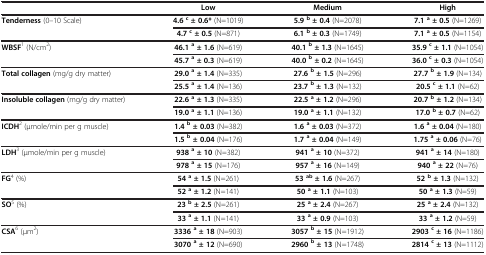
<table><thead><tr><td><b> </b></td><td><b>Low</b></td><td><b>Medium</b></td><td><b>High</b></td></tr></thead><tbody><tr><td rowspan="2"><b>Tenderness</b> (0–10 Scale)</td><td><b>4.6</b><sup><b>c</b></sup><b>± 0.6*</b> (N=1019)</td><td><b>5.9</b><sup><b>b</b></sup><b>± 0.4</b> (N=2078)</td><td><b>7.1</b><sup><b>a</b></sup><b>± 0.5</b> (N=1269)</td></tr><tr><td><b>4.7</b><sup><b>c</b></sup><b>± 0.5</b> (N=871)</td><td><b>6.1</b><sup><b>b</b></sup><b>± 0.3</b> (N=1749)</td><td><b>7.1</b><sup><b>a</b></sup><b>± 0.5</b> (N=1154)</td></tr><tr><td rowspan="2"><b>WBSF</b><sup>1</sup> (N/cm<sup>2</sup>) </td><td><b>46.1</b><sup><b>a</b></sup><b>± 1.6</b> (N=619)</td><td><b>40.1</b><sup><b>b</b></sup><b>± 1.3</b> (N=1645)</td><td><b>35.9</b><sup><b>c</b></sup><b>± 1.1</b> (N=1054)</td></tr><tr><td><b>45.7</b><sup><b>a</b></sup><b>± 0.3</b> (N=619)</td><td><b>40.0</b><sup><b>b</b></sup><b>± 0.2</b> (N=1645)</td><td><b>36.0</b><sup><b>c</b></sup><b>± 0.3</b> (N=1054)</td></tr><tr><td rowspan="2"><b>Total collagen</b> (mg/g dry matter)</td><td><b>29.0</b><sup><b>a</b></sup><b>± 1.4</b> (N=335)</td><td><b>27.6</b><sup><b>b</b></sup><b>± 1.5</b> (N=296)</td><td><b>27.7</b><sup><b>b</b></sup><b>± 1.9</b> (N=134)</td></tr><tr><td><b>25.5</b><sup><b>a</b></sup><b>± 1.4</b> (N=136)</td><td><b>23.7</b><sup><b>b</b></sup><b>± 1.3</b> (N=132)</td><td><b>20.5</b><sup><b>c</b></sup><b>± 1.1</b> (N=62)</td></tr><tr><td rowspan="2"><b>Insoluble collagen</b> (mg/g dry matter)</td><td><b>22.6</b><sup><b>a</b></sup><b>± 1.3</b> (N=335)</td><td><b>22.5</b><sup><b>a</b></sup><b>± 1.2</b> (N=296)</td><td><b>20.7</b><sup><b>b</b></sup><b>± 1.2</b> (N=134)</td></tr><tr><td><b>19.0</b><sup><b>a</b></sup><b>± 1.1</b> (N=136)</td><td><b>19.0</b><sup><b>a</b></sup><b>± 1.1</b> (N=132)</td><td><b>17.0</b><sup><b>b</b></sup><b>± 0.7</b> (N=62)</td></tr><tr><td rowspan="2"><b>ICDH</b><sup>2</sup> (μmole/min per g muscle)</td><td><b>1.4</b><sup><b>b</b></sup><b>± 0.03</b> (N=382)</td><td><b>1.6</b><sup><b>a</b></sup><b>± 0.03</b> (N=372)</td><td><b>1.6</b><sup><b>a</b></sup><b>± 0.04</b> (N=180)</td></tr><tr><td><b>1.5</b><sup><b>b</b></sup><b>± 0.04</b> (N=176)</td><td><b>1.7</b><sup><b>a</b></sup><b>± 0.04</b> (N=149)</td><td><b>1.75</b><sup><b>a</b></sup><b>± 0.06</b> (N=76)</td></tr><tr><td rowspan="2"><b>LDH</b><sup>3</sup> (μmole/min per g muscle)</td><td><b>938</b><sup><b>a</b></sup><b>± 10</b> (N=382)</td><td><b>941</b><sup><b>a</b></sup><b>± 10</b> (N=372)</td><td><b>941</b><sup><b>a</b></sup><b>± 14</b> (N=180)</td></tr><tr><td><b>978</b><sup><b>a</b></sup><b>± 15</b> (N=176)</td><td><b>957</b><sup><b>a</b></sup><b>± 16</b> (N=149)</td><td><b>940</b><sup><b>a</b></sup><b>± 22</b> (N=76)</td></tr><tr><td rowspan="2"><b>FG</b><sup>4</sup> (%)</td><td><b>54</b><sup><b>a</b></sup><b>± 1.5</b> (N=261)</td><td><b>53</b><sup><b>ab</b></sup><b>± 1.6</b> (N=267)</td><td><b>52</b><sup><b>b</b></sup><b>± 1.3</b> (N=132)</td></tr><tr><td><b>52</b><sup><b>a</b></sup><b>± 1.2</b> (N=141)</td><td><b>50</b><sup><b>a</b></sup><b>± 1.1</b> (N=103)</td><td><b>50</b><sup><b>a</b></sup><b>± 1.3</b> (N=59)</td></tr><tr><td rowspan="2"><b>SO</b><sup>5</sup> (%)</td><td><b>23</b><sup><b>b</b></sup><b>± 2.5</b> (N=261)</td><td><b>25</b><sup><b>a</b></sup><b>± 2.4</b> (N=267)</td><td><b>25</b><sup><b>a</b></sup><b>± 2.4</b> (N=132)</td></tr><tr><td><b>33</b><sup><b>a</b></sup><b>± 1.1</b> (N=141)</td><td><b>33</b><sup><b>a</b></sup><b>± 0.9</b> (N=103)</td><td><b>33</b><sup><b>a</b></sup><b>± 1.2</b> (N=59)</td></tr><tr><td rowspan="2"><b>CSA</b><sup>6</sup> (μm<sup>2</sup>)</td><td><b>3336</b><sup><b>a</b></sup><b>± 18</b> (N=903)</td><td><b>3057</b><sup><b>b</b></sup><b>± 15</b> (N=1912)</td><td><b>2903</b><sup><b>c</b></sup><b>± 16</b> (N=1186)</td></tr><tr><td><b>3070</b><sup><b>a</b></sup><b>± 12</b> (N=690)</td><td><b>2960</b><sup><b>b</b></sup><b>± 13</b> (N=1748)</td><td><b>2814</b><sup><b>c</b></sup><b>± 13</b> (N=1112)</td></tr></tbody></table>